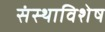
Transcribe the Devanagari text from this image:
संस्थाविशेष